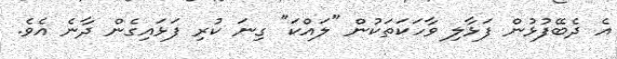
އެ ދެބޭފުޅުން ފަޅާލި ވާހަކަތަކުން "ލައްކަ" ގިނަ ކުރި ފަޅައިގެން ދާނެ އެވެ.